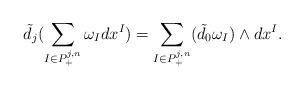
LaTeX: \begin{align*}\tilde d_j (\sum_{I\in P^{j,n}_+}\omega_I dx^I)=\sum_{I\in P^{j,n}_+}(\tilde d_0 \omega_I)\wedge dx^I.\end{align*}